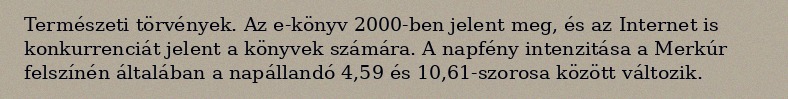
Természeti törvények. Az e-könyv 2000-ben jelent meg, és az Internet is konkurrenciát jelent a könyvek számára. A napfény intenzitása a Merkúr felszínén általában a napállandó 4,59 és 10,61-szorosa között változik.